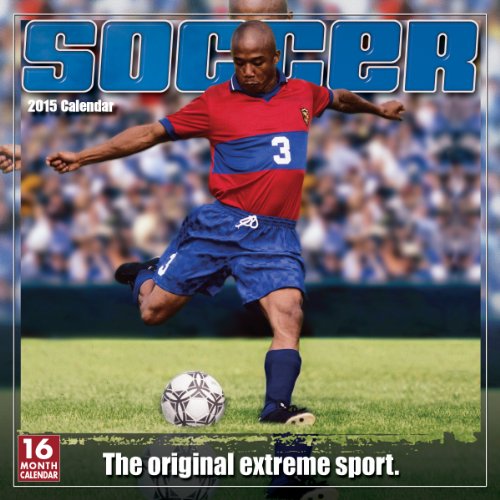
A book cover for Soccer; The Original Extreme Sport 2015 Wall Calendar; Sellers Publishing Inc; Calendars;